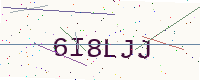
Text: 6I8LJJ